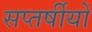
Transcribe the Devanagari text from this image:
सप्तर्षीयों